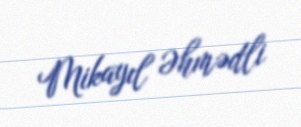
Mikayıl Əhmədli